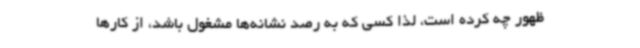
ظهور چه کرده است، لذا کسی که به رصد نشانه‌ها مشغول باشد، از کارها